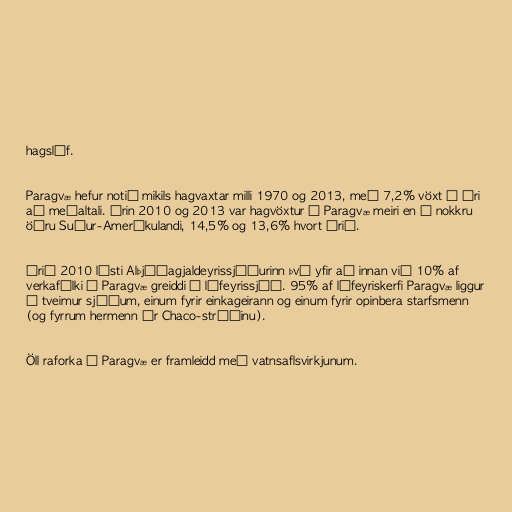
hagslíf.

Paragvæ hefur notið mikils hagvaxtar milli 1970 og 2013, með 7,2% vöxt á ári
að meðaltali. Árin 2010 og 2013 var hagvöxtur í Paragvæ meiri en í nokkru
öðru Suður-Ameríkulandi, 14,5% og 13,6% hvort árið.

Árið 2010 lýsti Alþjóðagjaldeyrissjóðurinn því yfir að innan við 10% af
verkafólki í Paragvæ greiddi í lífeyrissjóð. 95% af lífeyriskerfi Paragvæ liggur
í tveimur sjóðum, einum fyrir einkageirann og einum fyrir opinbera starfsmenn
(og fyrrum hermenn úr Chaco-stríðinu).

Öll raforka í Paragvæ er framleidd með vatnsaflsvirkjunum.